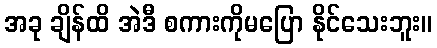
အခု ချိန်ထိ အဲဒီ စကားကိုမပြော နိုင်သေးဘူး။